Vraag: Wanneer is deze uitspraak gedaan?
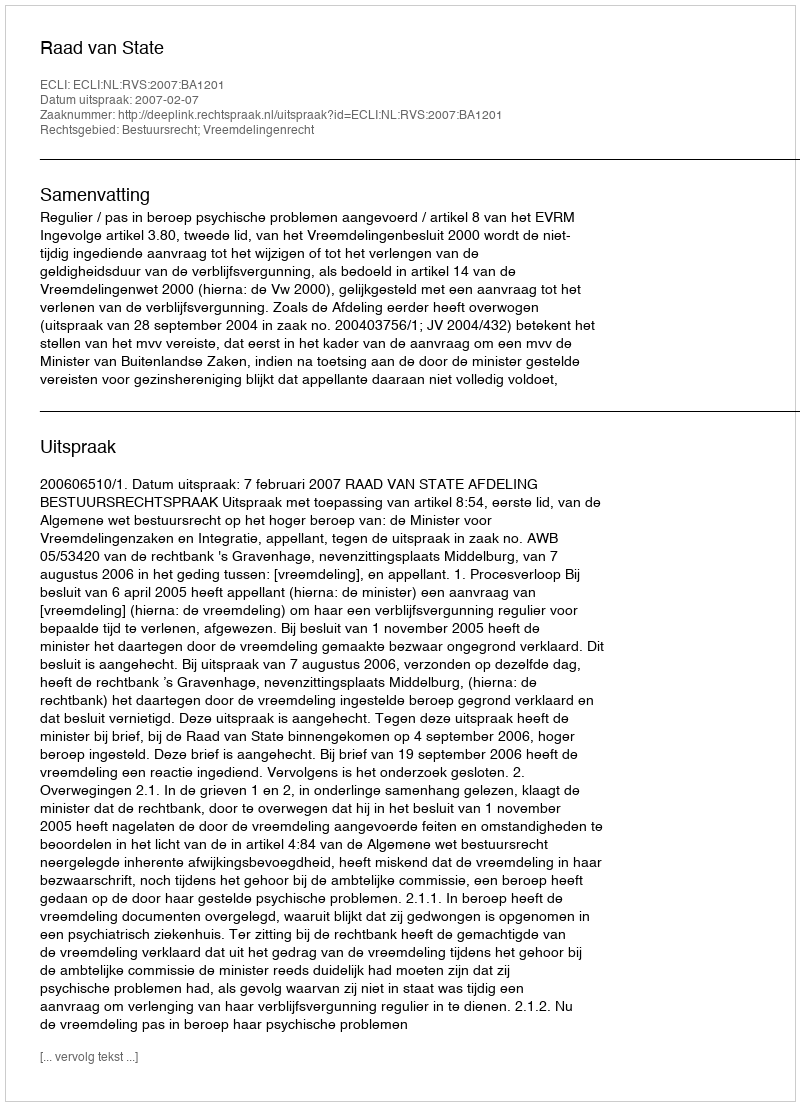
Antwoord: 2007-02-07